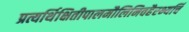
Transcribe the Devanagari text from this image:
प्रत्यर्थिक्षितीपालमौलिनिवहैरभ्यर्चि